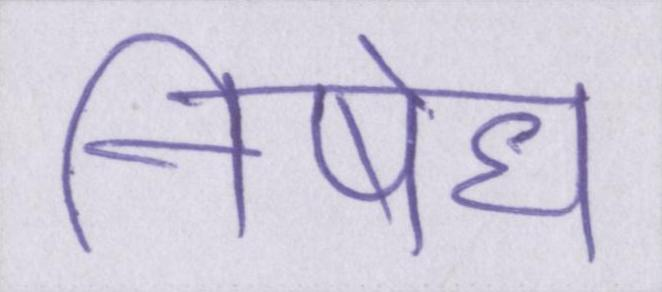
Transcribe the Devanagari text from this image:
निषेध